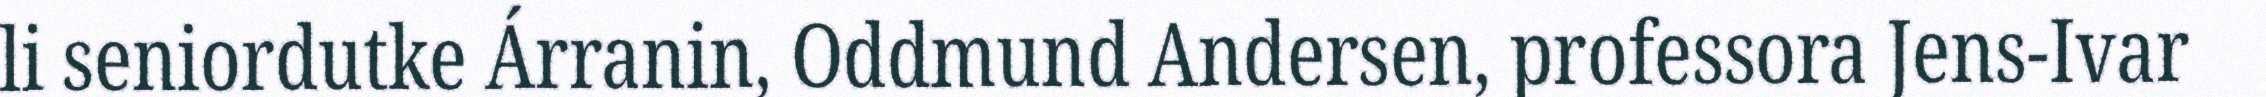
li seniordutke Árranin, Oddmund Andersen, professora Jens-Ivar